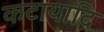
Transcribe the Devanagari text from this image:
कटायादि